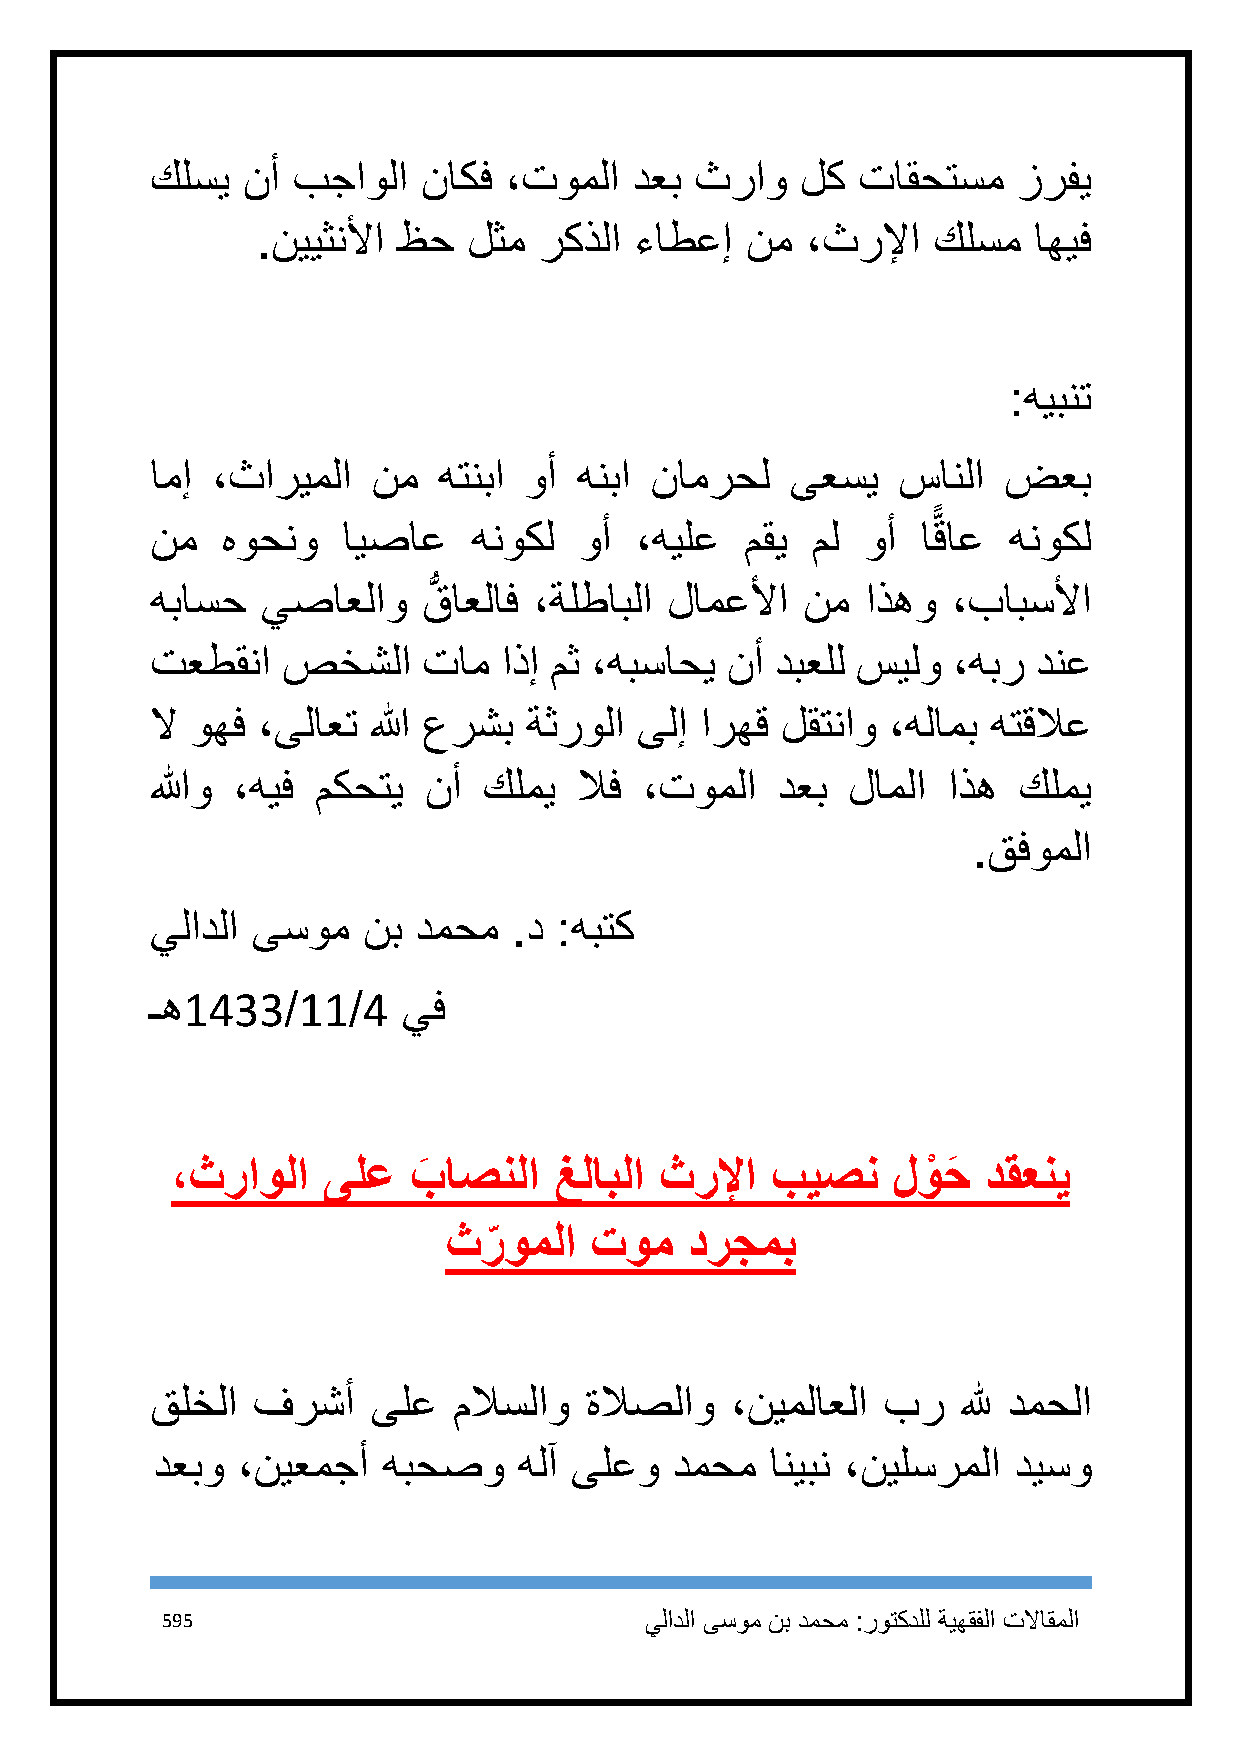
كلسي  نأ بجاولا   ناكف ،توملا   دعب ثراو   لك  تاقحتسم   زرفي
 .نييثنلأا ظح  لثم  ركذلا ءاطعإ  نم  ،ثرلإا   كلسم  اهيف
 :هيبنت
 امإ ،ثاريملا   نم  هتنبا وأ هنبا نامرحل   ىعسي   سانلا  ضعب
 ًّ
 نم   هوحنو   ايصاع   هنوكل  وأ  ،هيلع  مقي  مل وأ  اقاع  هنوكل
 هباسح  يصاعلاو    قُّ اعلاف ،ةلطابلا لامعلأا نم اذهو ،بابسلأا
 تعطقنا   صخشلا    تام  اذإ مث ،هبساحي نأ دبعلل سيلو  ،هبر  دنع
 لا وهف ،ىلاعت الله عرشب  ةثرولا ىلإ ارهق  لقتناو ،هلامب هتقلاع
 اللهو ،هيف مكحتي  نأ  كلمي  لاف  ،توملا  دعب  لاملا  اذه كلمي
 .قفوملا
 يلادلا ىسوم   نب دمحم   .د :هبتك
 ـه1433/11/4      يف
 ،ثراولا   ىلع   بَ اصنلا  غلابلا ثرلإا  بيصن    لوْ حَ دقعني
 ثر
 ِ
 وملا  توم    درجمب
 قلخلا  فرشأ    ىلع  ملاسلاو  ةلاصلاو  ،نيملاعلا بر    لله دمحلا
 دعبو  ،نيعمجأ  هبحصو    هلآ ىلعو   دمحم  انيبن ،نيلسرملا ديسو
 595                             يلادلا ىسوم نب دمحم :روتكدلل ةيهقفلا تلااقملا